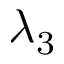
\lambda _ { 3 }